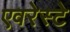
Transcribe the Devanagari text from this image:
एवरेस्‍टे